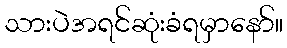
သားပဲအရင်ဆုံးခံရမှာနော်။